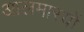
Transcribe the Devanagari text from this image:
आलमारयों